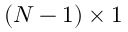
( N - 1 ) \times 1